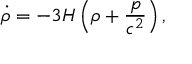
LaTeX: { \dot { \rho } } = - 3 H \left( \rho + { \frac { p } { c ^ { 2 } } } \right) ,